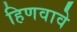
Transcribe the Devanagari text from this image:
हिणवावे